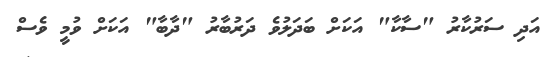
އަދި ސަރުކާރު "ސާކާ" އަކަށް ބަދަލުވެ ދަރުބާރު "ދާބާ" އަކަށް ވުމީ ވެސް